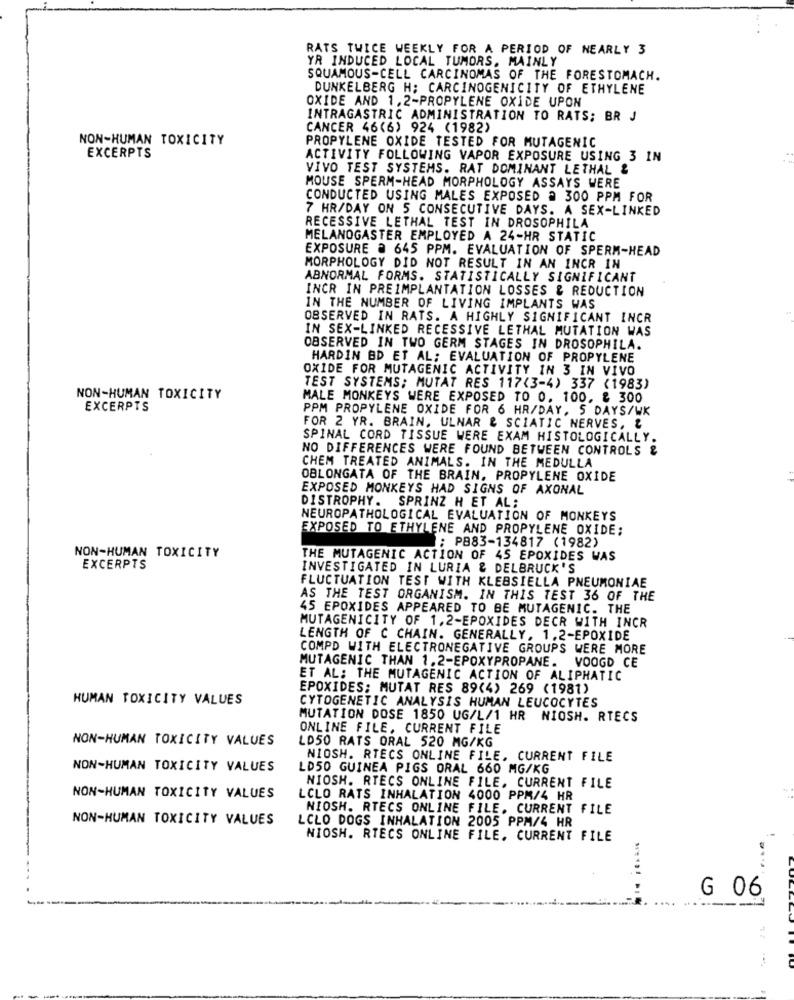
RATS TWICE WEEKLY FOR A PERIOD OF NEARLY 3
YR INDUCED LOCAL TUMORS, MAINLY
SQUAMOUS-CELL CARCINOMAS OF THE FORESTOMACH.
DUNKELBERG H; CARCINOGENICITY OF ETHYLENE
OXIDE AND 1,2-PROPYLENE OXIDE UPON
INTRAGASTRIC ADMINISTRATION TO RATS; BR J
CANCER 46(6) 924 (1982)
NON-HUMAN TOXICITY
PROPYLENE OXIDE TESTED FOR MUTAGENIC
EXCERPTS
ACTIVITY FOLLOWING VAPOR EXPOSURE USING 3 IN
VIVO TEST SYSTEMS. RAT DOMINANT LETHAL &
MOUSE SPERM-HEAD MORPHOLOGY ASSAYS WERE
CONDUCTED USING MALES EXPOSED @ 300 PPM FOR
7 HR/DAY ON 5 CONSECUTIVE DAYS. A SEX-LINKED
RECESSIVE LETHAL TEST IN DROSOPHILA
MELANOGASTER EMPLOYED A 24-HR STATIC
EXPOSURE a 645 PPM. EVALUATION OF SPERM-HEAD
MORPHOLOGY DID NOT RESULT IN AN INCR IN
ABNORMAL FORMS. STATISTICALLY SIGNIFICANT
INCR IN PREIMPLANTATION LOSSES & REDUCTION
IN THE NUMBER OF LIVING IMPLANTS WAS
OBSERVED IN RATS. A HIGHLY SIGNIFICANT INCR
IN SEX-LINKED RECESSIVE LETHAL MUTATION WAS
OBSERVED IN TWO GERM STAGES IN DROSOPHILA.
HARDIN BD ET AL; EVALUATION OF PROPYLENE
OXIDE FOR MUTAGENIC ACTIVITY IN 3 IN VIVO
TEST SYSTEMS; MUTAT RES 117(3-4) 337 (1983)
NON-HUMAN TOXICITY
MALE MONKEYS WERE EXPOSED TO 0. 100, & 300
EXCERPTS
PPM PROPYLENE OXIDE FOR 6 HR/DAY, 5 DAYS/WK
FOR 2 YR. BRAIN, ULNAR & SCIATIC NERVES, &
SPINAL CORD TISSUE WERE EXAM HISTOLOGICALLY.
NO DIFFERENCES WERE FOUND BETWEEN CONTROLS &
CHEM TREATED ANIMALS. IN THE MEDULLA
OBLONGATA OF THE BRAIN, PROPYLENE OXIDE
EXPOSED MONKEYS HAD SIGNS OF AXONAL
DISTROPHY. SPRINZ H ET AL:
NEUROPATHOLOGICAL EVALUATION OF MONKEYS
EXPOSED TO ETHYLENE AND PROPYLENE OXIDE:
: P883-134817 (1982)
NON-HUMAN TOXICITY
THE MUTAGENIC ACTION OF 45 EPOXIDES WAS
EXCERPTS
INVESTIGATED IN LURIA & DELBRUCK'S
FLUCTUATION TEST WITH KLEBSIELLA PNEUMONIAE
AS THE TEST ORGANISM. IN THIS TEST 36 OF THE
45 EPOXIDES APPEARED TO BE MUTAGENIC. THE
MUTAGENICITY OF 1,2-EPOXIDES DECR WITH INCR
LENGTH OF C CHAIN. GENERALLY, 1.2-EPOXIDE
COMPD WITH ELECTRONEGATIVE GROUPS WERE MORE
MUTAGENIC THAN 1.2-EPOXYPROPANE. VOOGD CE
ET AL: THE MUTAGENIC ACTION OF ALIPHATIC
EPOXIDES; MUTAT RES 89(4) 269 (1981)
HUMAN TOXICITY VALUES
CYTOGENETIC ANALYSIS HUMAN LEUCOCYTES
MUTATION DOSE 1850 UG/L/1 HR NIOSH. RTECS
ONLINE FILE, CURRENT FILE
NON-HUMAN TOXICITY VALUES
LD50 RATS ORAL 520 MG/KG
NIOSH. RTECS ONLINE FILE, CURRENT FILE
NON-HUMAN TOXICITY VALUES
LD50 GUINEA PIGS ORAL 660 MG/KG
NIOSH. RTECS ONLINE FILE, CURRENT FILE
NON-HUMAN TOXICITY VALUES
LCLO RATS INHALATION 4000 PPM/4 HR
NIOSH. RTECS ONLINE FILE. CURRENT FILE
NON-HUMAN TOXICITY VALUES
LCLO DOGS INHALATION 2005 PPM/4 HR
NIOSH. RTECS ONLINE FILE. CURRENT FILE
G 06